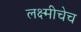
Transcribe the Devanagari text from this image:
लक्ष्मीचेच